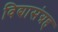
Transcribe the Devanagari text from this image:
विद्यासंग्रह